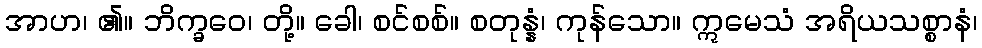
အာဟ၊ ၏။ ဘိက္ခဝေ၊ တို့။ ခေါ၊ စင်စစ်။ စတုန္နံ၊ ကုန်သော။ ဣမေသံ အရိယသစ္စာနံ၊